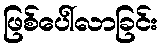
ဖြစ်ပေါ်လာခြင်း